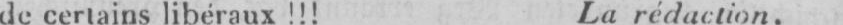
de certains libéraux!!! La rédaction.